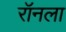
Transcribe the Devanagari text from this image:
रॉनला